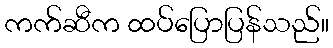
ကက်ဆီက ထပ်ပြောပြန်သည်။